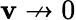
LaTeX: \mathbf{v}\nrightarrow0